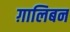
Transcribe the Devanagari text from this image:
ग़ालिबन